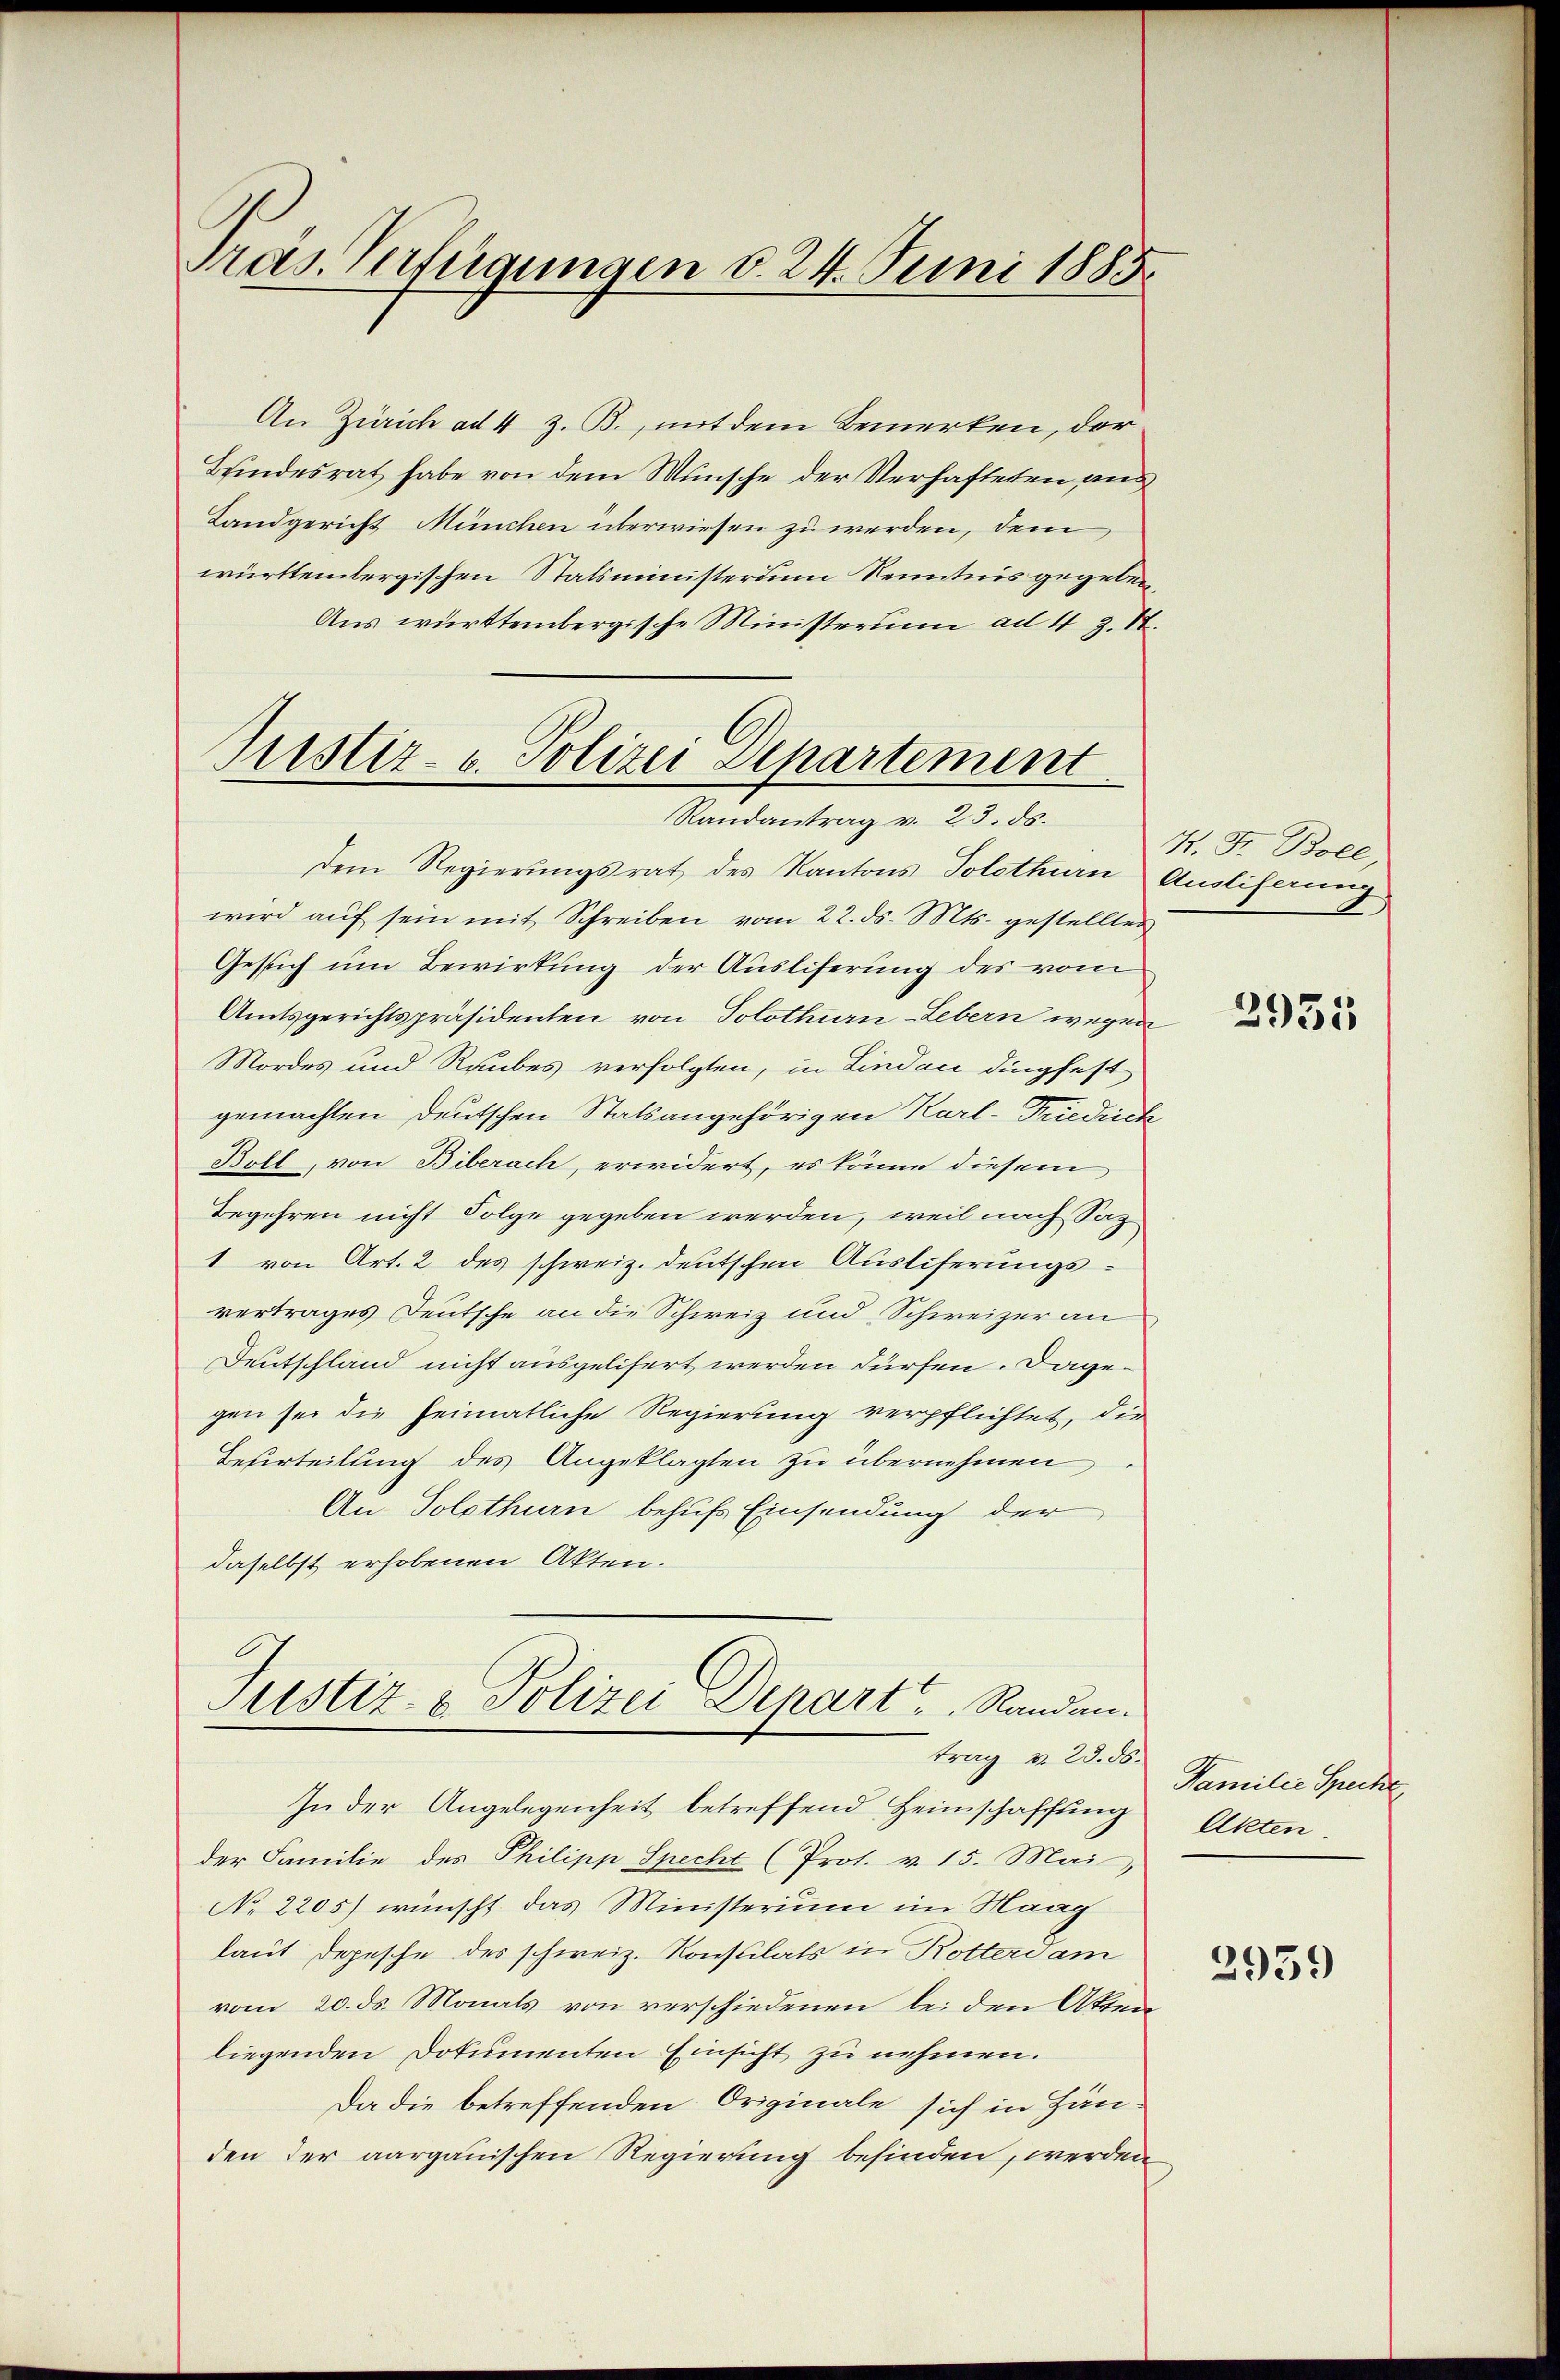
Präs. Verfügungen v. 24. Juni 1885.

An Zürich ad 4 z. B., mit dem Bemerken, der
Brindesrat habe von dem Wunsche der Verhafteten, aus
Landgericht München überwiesen zu werden, dem
württembergischen Statsministerium Kenntnis gegeben,
Aus württembergische Ministerium ad 4 z. St.
Justiz- u. Polizei Departement

Randantrag v. 23. ds.

dem Regierungsrat des Kantons Solothurn, Andliferung
wird aŭf sein mit Schreiben vom 22. ds. Mts. gestellten
Gesuch um Bewirkung der Ausliferung des vom
Amtsgerichtspräsidenten von Solothurn-Lebern wegen
Mordes und Raubes verfolgten, in Lindau dingfest
gemachten Deutschen Statsangehörigen Karl-Friedrich
Boll, von Biberach, erwidert, es könne diesem
Begehren nicht Folge gegeben werden, weil nach Sag
1 von Art. 2 des schweiz. deutschen Ausliferungsvertrages Deutsche an die Schweiz und Schweizer an
Deutschland nicht ausgelifert werden dürfen. Dagegen sei die heimatliche Regierung verpflichtet, die
Beurteilung des Angeklagten zu übernehmen
An Solothurn behufs Einsendung der
daselbst erhobenen Akten.
Justiz- & Polizei-Depart ..  Randantrag & 23. ds.
In der Angelegenheit betreffend Heimschaffung
der Familie des Philipp Specht (Prot. v. 15. Mai
No 2205) wünscht das Ministerium im Haag
laut Depesche des schweiz. Konsulats in Rotterdam
vom 20. ds. Monats von verschiedenen bei den Akten
liegenden Dokumenten Einsicht zu nehmen.
Da die betreffenden Originale sich in Händen der aargauischen Regierung befinden, werden

K. Fr. Boll,

2931

Familie Specke
Akten.

2939